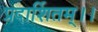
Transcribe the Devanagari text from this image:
प्रदार्शितम्।।